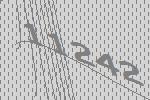
11242